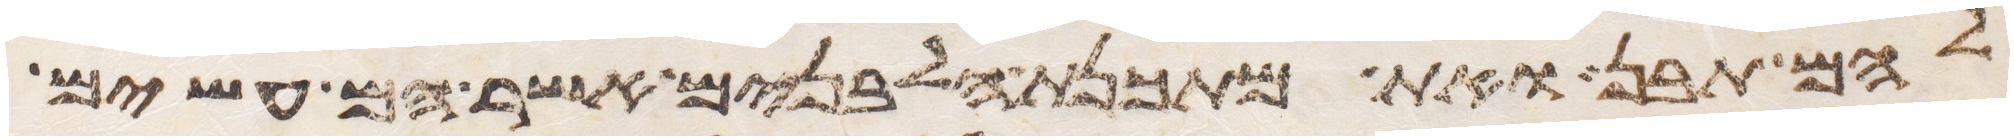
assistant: להם תבן ואת מתכנת הלבנים אשר הם עשים